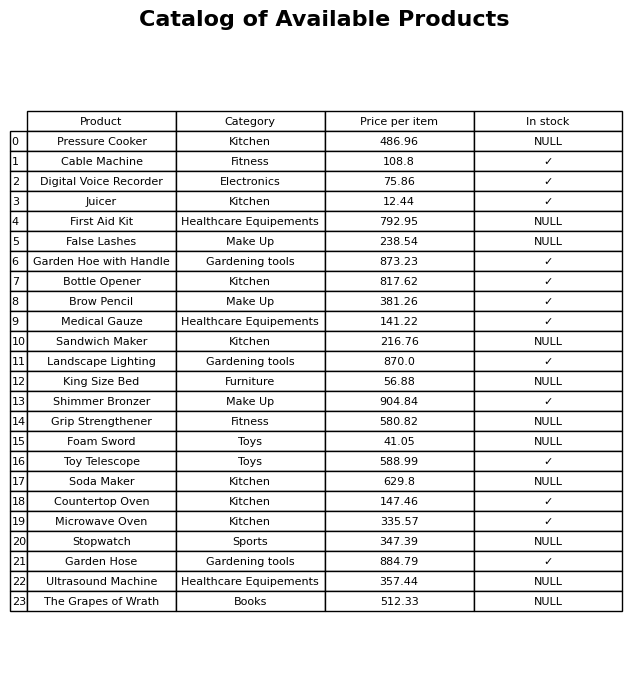
question: What is the price for Digital Voice Recorder?
answer: The price of Digital Voice Recorder is 75.86.